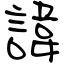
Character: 諱